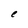
Character: e